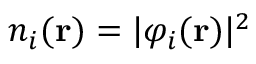
n _ { i } ( \mathbf { r } ) = \vert \varphi _ { i } ( \mathbf { r } ) \vert ^ { 2 }